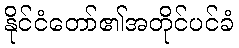
နိုင်ငံတော်၏အတိုင်ပင်ခံ